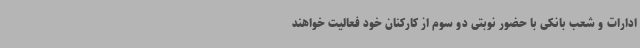
ادارات و شعب بانکی با حضور نوبتی دو سوم از کارکنان خود فعالیت خواهند